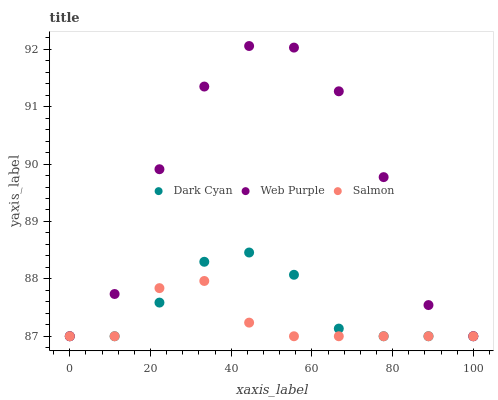
| xaxis_label | Dark Cyan | Web Purple | Salmon |
 | --- | --- | --- | --- |
 | 0 | 87 | 87 | 87 |
 | 11.1 | 87 | 87.7 | 87 |
 | 22.2 | 87.6 | 89.9 | 87.8 |
 | 33.3 | 88.3 | 91.4 | 88 |
 | 44.4 | 88.5 | 92.1 | 87.2 |
 | 55.6 | 88.1 | 92 | 87 |
 | 66.7 | 87.1 | 91.3 | 87 |
 | 77.8 | 87 | 89.8 | 87 |
 | 88.9 | 87 | 87.5 | 87 |
 | 100 | 87 | 87 | 87 |